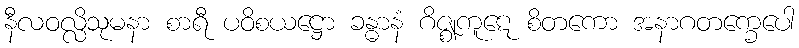
နီလဝလ္လိသုမနာ စာရီ ပဝိစယဋ္ဌော ခန္ဓာနံ ဂိဇ္ဈကူဋေ စိတကော အနာဂတက္ခေပေါ